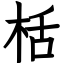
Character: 栝